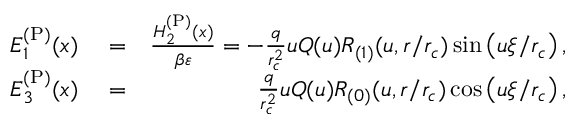
\begin{array} { r l r } { E _ { 1 } ^ { \mathrm { ( P ) } } ( x ) } & { { } = } & { \frac { H _ { 2 } ^ { \mathrm { ( P ) } } ( x ) } { \beta \varepsilon } = - \frac { q } { r _ { c } ^ { 2 } } u Q ( u ) R _ { ( 1 ) } ( u , r / r _ { c } ) \sin \left( u \xi / r _ { c } \right) , } \\ { E _ { 3 } ^ { \mathrm { ( P ) } } ( x ) } & { { } = } & { \frac { q } { r _ { c } ^ { 2 } } u Q ( u ) R _ { ( 0 ) } ( u , r / r _ { c } ) \cos \left( u \xi / r _ { c } \right) , } \end{array}